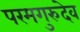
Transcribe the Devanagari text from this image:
परमगुरुदेव